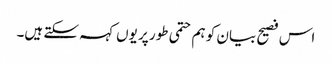
اس فصیح بیان کو ہم حتمی طور پر یوں کہہ سکتے ہیں۔